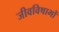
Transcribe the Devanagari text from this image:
जीवविषाभों